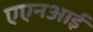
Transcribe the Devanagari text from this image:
एएनआई